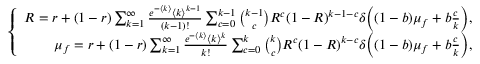
\left\{ \begin{array} { r } { R = r + ( 1 - r ) \sum _ { k = 1 } ^ { \infty } \frac { e ^ { - \langle k \rangle } { \langle k \rangle } ^ { k - 1 } } { ( k - 1 ) ! } \sum _ { c = 0 } ^ { k - 1 } \binom { k - 1 } { c } R ^ { c } ( 1 - R ) ^ { k - 1 - c } \delta \Big ( ( 1 - b ) \mu _ { f } + b \frac { c } { k } \Big ) , } \\ { \mu _ { f } = r + ( 1 - r ) \sum _ { k = 1 } ^ { \infty } \frac { e ^ { - \langle k \rangle } { \langle k \rangle } ^ { k } } { k ! } \sum _ { c = 0 } ^ { k } \binom { k } { c } R ^ { c } ( 1 - R ) ^ { k - c } \delta \Big ( ( 1 - b ) \mu _ { f } + b \frac { c } { k } \Big ) , } \end{array} \right.